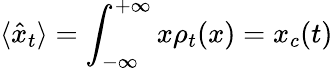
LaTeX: \langle\hat{x}_{t}\rangle=\int_{-\infty}^{+\infty}x\rho_{t}(x)=x_{c}(t)